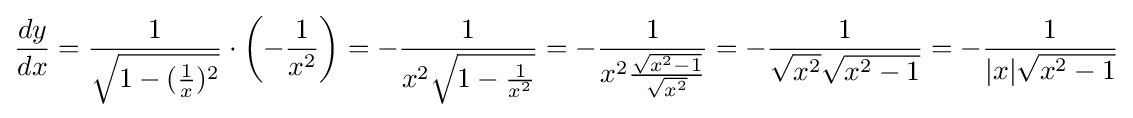
{\frac {dy}{dx}}={\frac {1}{\sqrt {1-({\frac {1}{x}})^{2}}}}\cdot \left(-{\frac {1}{x^{2}}}\right)=-{\frac {1}{x^{2}{\sqrt {1-{\frac {1}{x^{2}}}}}}}=-{\frac {1}{x^{2}{\frac {\sqrt {x^{2}-1}}{\sqrt {x^{2}}}}}}=-{\frac {1}{{\sqrt {x^{2}}}{\sqrt {x^{2}-1}}}}=-{\frac {1}{|x|{\sqrt {x^{2}-1}}}}